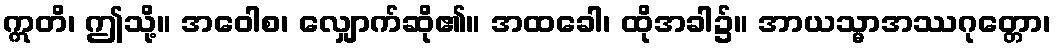
ဣတိ၊ ဤသို့။ အဝေါစ၊ လျှောက်ဆို၏။ အထခေါ၊ ထိုအခါ၌။ အာယသ္မာအဿဂုတ္တော၊